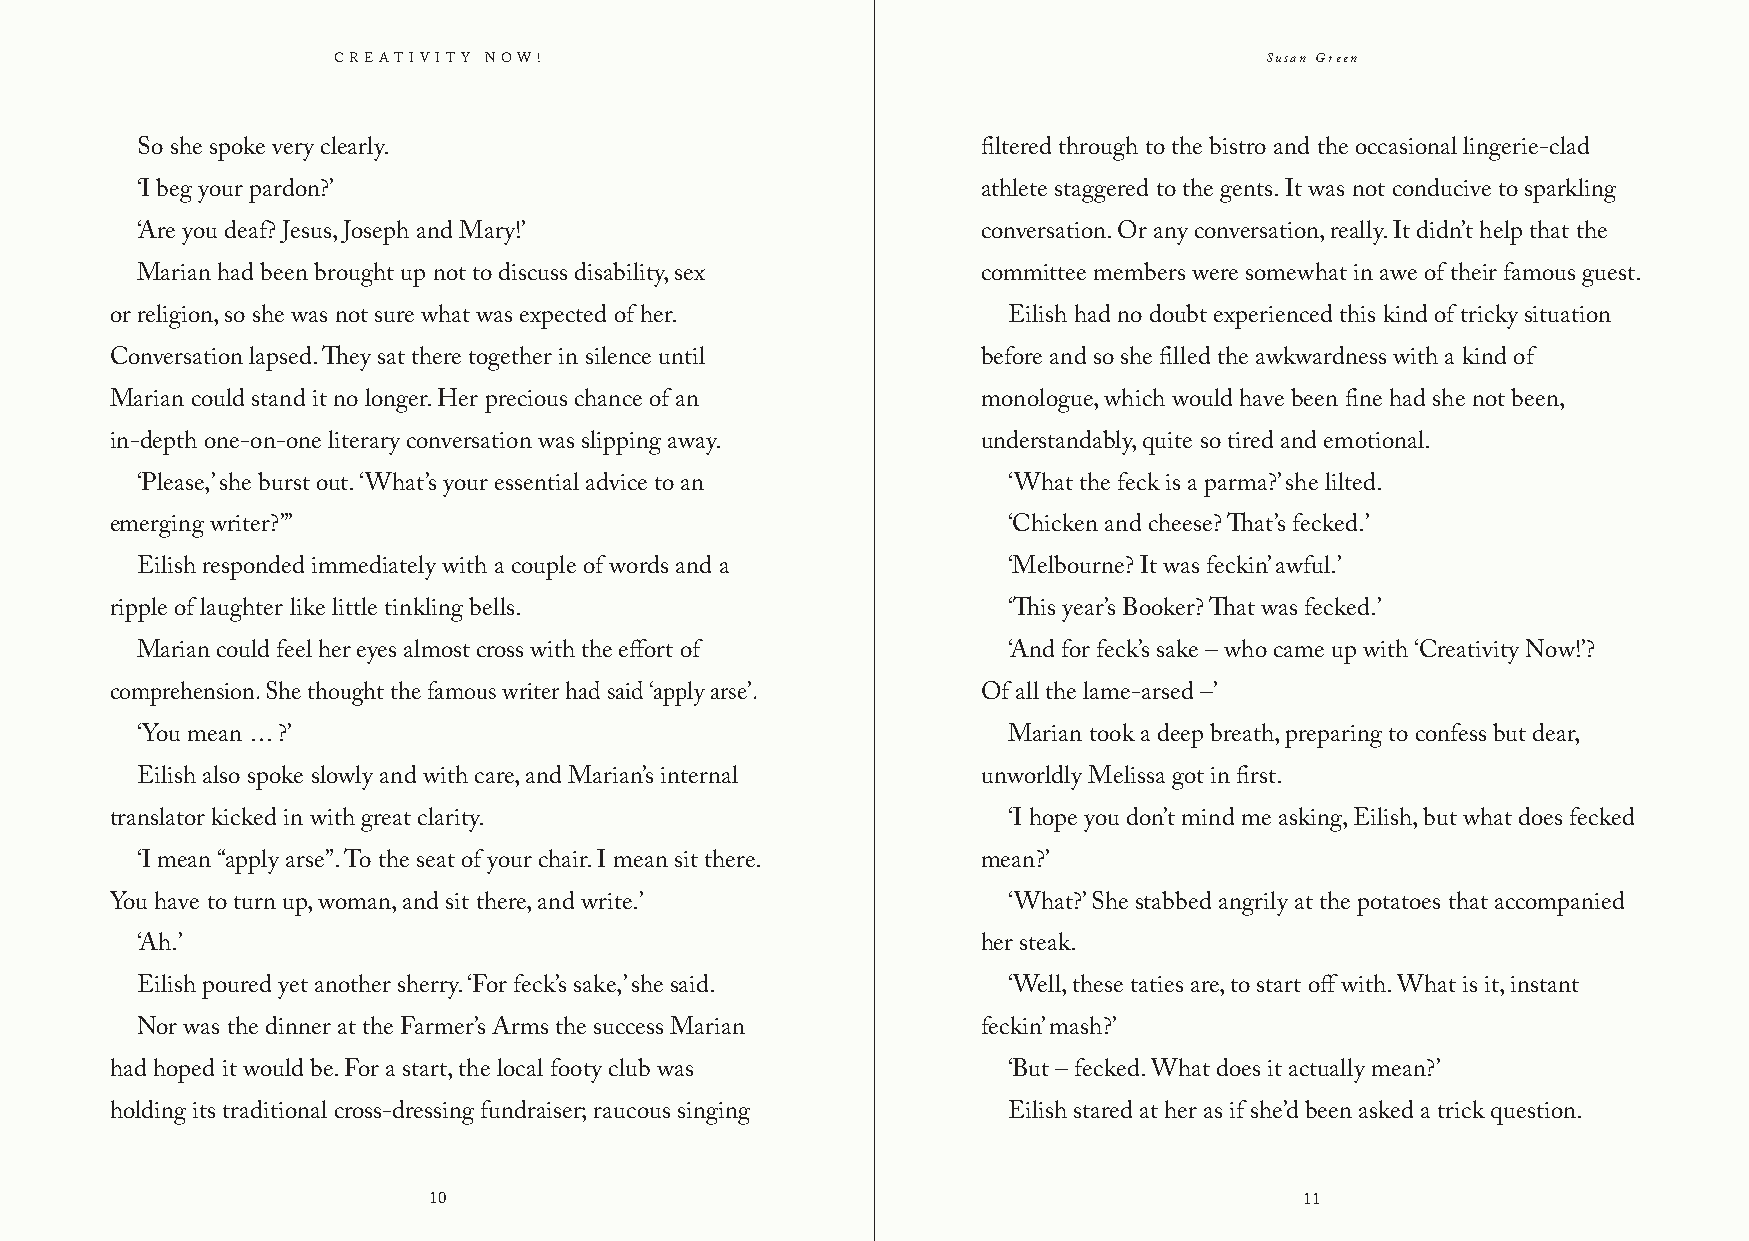
Creativity Now!                                               Susan Green
 So she spoke very clearly.                              filtered through to the bistro and the occasional lingerie-clad
 ‘I beg your pardon?’                                    athlete staggered to the gents. It was not conducive to sparkling
 ‘Are you deaf? Jesus, Joseph and Mary!’                 conversation. Or any conversation, really. It didn’t help that the
 Marian had been brought up not to discuss disability, sex committee members were somewhat in awe of their famous guest.
 or religion, so she was not sure what was expected of her.  Eilish had no doubt experienced this kind of tricky situation
 Conversation lapsed. They sat there together in silence until before and so she filled the awkwardness with a kind of
 Marian could stand it no longer. Her precious chance of an monologue, which would have been fine had she not been,
 in-depth one-on-one literary conversation was slipping away. understandably, quite so tired and emotional.
 ‘Please,’ she burst out. ‘What’s your essential advice to an ‘What the feck is a parma?’ she lilted.
 emerging writer?”’                                          ‘Chicken and cheese? That’s fecked.’
 Eilish responded immediately with a couple of words and a ‘Melbourne? It was feckin’ awful.’
 ripple of laughter like little tinkling bells.              ‘This year’s Booker? That was fecked.’
 Marian could feel her eyes almost cross with the effort of ‘And for feck’s sake – who came up with ‘Creativity Now!’?
 comprehension. She thought the famous writer had said ‘apply arse’. Of all the lame-arsed –’
 ‘You mean … ?’                                            Marian took a deep breath, preparing to confess but dear,
 Eilish also spoke slowly and with care, and Marian’s internal unworldly Melissa got in first.
 translator kicked in with great clarity.                    ‘I hope you don’t mind me asking, Eilish, but what does fecked
 ‘I mean “apply arse”. To the seat of your chair. I mean sit there. mean?’
 You have to turn up, woman, and sit there, and write.’      ‘What?’ She stabbed angrily at the potatoes that accompanied
 ‘Ah.’                                                   her steak.
 Eilish poured yet another sherry. ‘For feck’s sake,’ she said. ‘Well, these taties are, to start off with. What is it, instant
 Nor was the dinner at the Farmer’s Arms the success Marian feckin’ mash?’
 had hoped it would be. For a start, the local footy club was ‘But – fecked. What does it actually mean?’
 holding its traditional cross-dressing fundraiser; raucous singing Eilish stared at her as if she’d been asked a trick question.
 10                                                        11